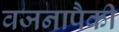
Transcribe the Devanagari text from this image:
वजनापैकी